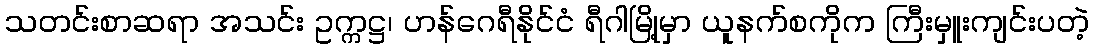
သတင်းစာဆရာ အသင်း ဥက္ကဋ္ဌ၊ ဟန်ဂေရီနိုင်ငံ ရီဂါမြို့မှာ ယူနက်စကိုက ကြီးမှူးကျင်းပတဲ့